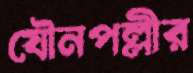
যৌনপল্লীর